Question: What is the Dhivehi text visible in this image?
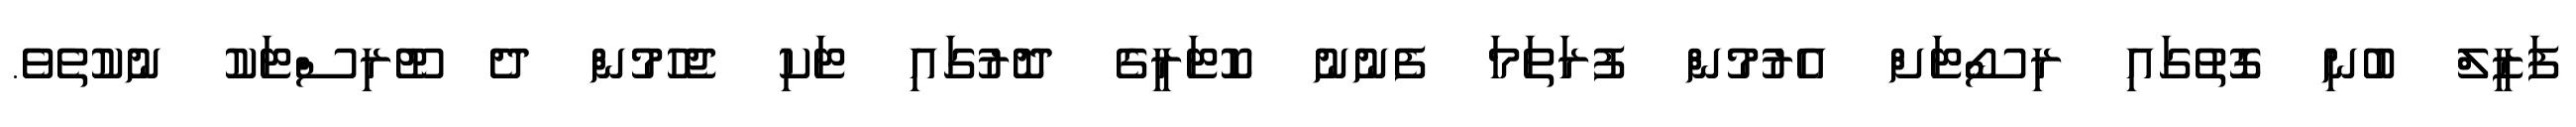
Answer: ފަޒީލް ބުނި ގޮތުގައި ރިސޯޓަށް އެރުމުން ފުރަތަމަ ފެނުނު ކޮޓަރީގެ ދޮރުގައި ޓަކި ޖެހުމުން ދެ ޓޫރިސްޓަކު ނުކުތެވެ.